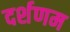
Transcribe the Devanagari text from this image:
दर्शणम